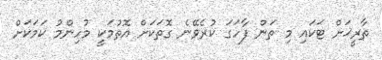
ތާރީޚަށް ޓަކައި މި ތަން ފާހަގަ ކުރެވޭނެ ގޮތަކަށް އޮތުމަކީ މުހިންމު ކަމަކަށް